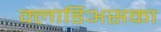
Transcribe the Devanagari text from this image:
क्लाडिअसका